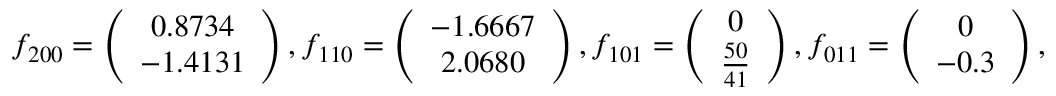
f _ { 2 0 0 } = \left( \begin{array} { c } { 0 . 8 7 3 4 } \\ { - 1 . 4 1 3 1 } \end{array} \right) , f _ { 1 1 0 } = \left( \begin{array} { c } { - 1 . 6 6 6 7 } \\ { 2 . 0 6 8 0 } \end{array} \right) , f _ { 1 0 1 } = \left( \begin{array} { c } { 0 } \\ { \frac { 5 0 } { 4 1 } } \end{array} \right) , f _ { 0 1 1 } = \left( \begin{array} { c } { 0 } \\ { - 0 . 3 } \end{array} \right) ,